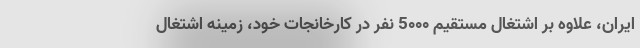
ایران، علاوه بر اشتغال مستقیم 5۰۰۰ نفر در کارخانجات خود، زمینه اشتغال